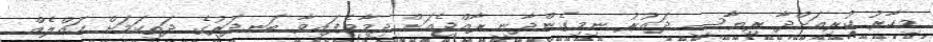
މިހާރު ކުރިއަށްދާ ރިޔާސީ ދައުރު ނިމިގެންދާނީ ރާއްޖެއަށް ދިމާވެފައިވާ ބަނދަރުގެ ދަތިކަމަށް ހައްލެއް